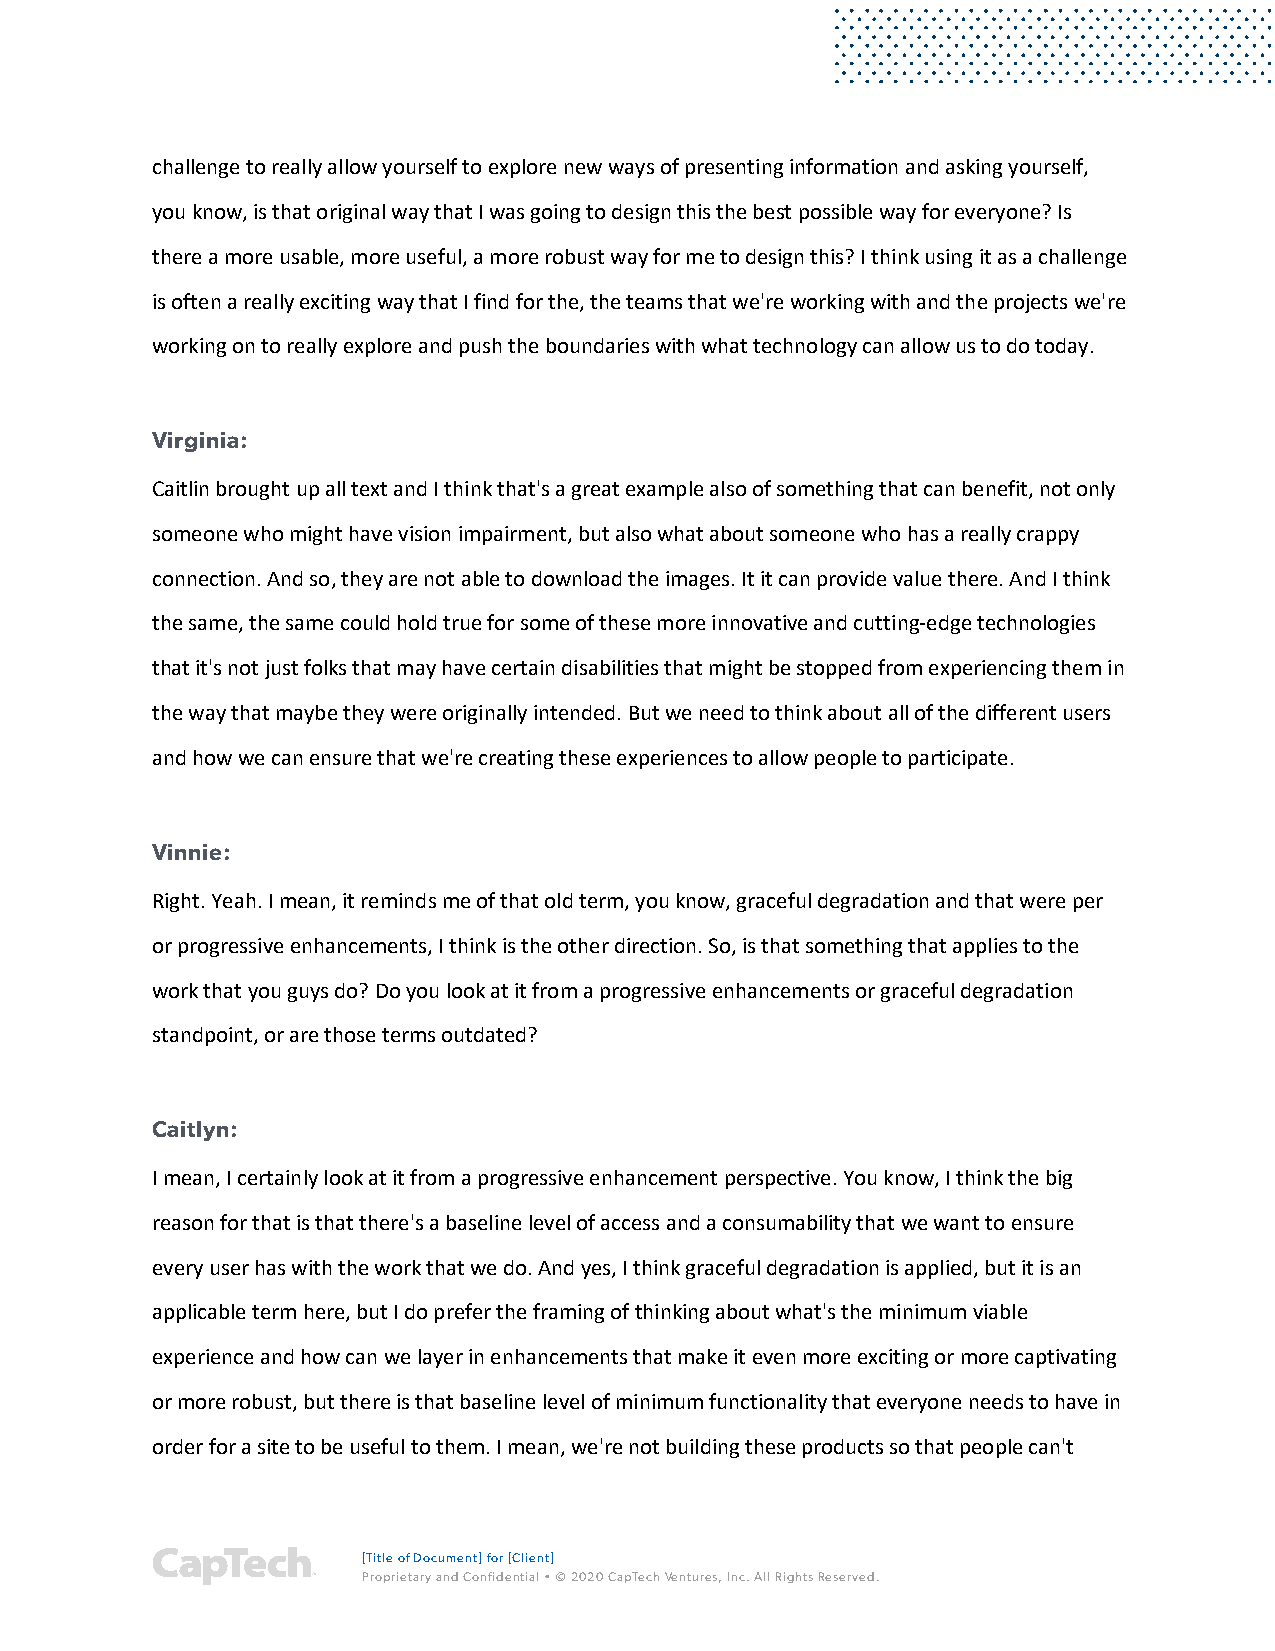
challenge to really allow yourself to explore new ways of presenting information and asking yourself,
 you know, is that original way that I was going to design this the best possible way for everyone? Is
 there a more usable, more useful, a more robust way for me to design this? I think using it as a challenge
 is often a really exciting way that I find for the, the teams that we're working with and the projects we're
 working on to really explore and push the boundaries with what technology can allow us to do today.
 Virginia:
 Caitlin brought up all text and I think that's a great example also of something that can benefit, not only
 someone who might have vision impairment, but also what about someone who has a really crappy
 connection. And so, they are not able to download the images. It it can provide value there. And I think
 the same, the same could hold true for some of these more innovative and cutting-edge technologies
 that it's not just folks that may have certain disabilities that might be stopped from experiencing them in
 the way that maybe they were originally intended. But we need to think about all of the different users
 and how we can ensure that we're creating these experiences to allow people to participate.
 Vinnie:
 Right. Yeah. I mean, it reminds me of that old term, you know, graceful degradation and that were per
 or progressive enhancements, I think is the other direction. So, is that something that applies to the
 work that you guys do? Do you look at it from a progressive enhancements or graceful degradation
 standpoint, or are those terms outdated?
 Caitlyn:
 I mean, I certainly look at it from a progressive enhancement perspective. You know, I think the big
 reason for that is that there's a baseline level of access and a consumability that we want to ensure
 every user has with the work that we do. And yes, I think graceful degradation is applied, but it is an
 applicable term here, but I do prefer the framing of thinking about what's the minimum viable
 experience and how can we layer in enhancements that make it even more exciting or more captivating
 or more robust, but there is that baseline level of minimum functionality that everyone needs to have in
 order for a site to be useful to them. I mean, we're not building these products so that people can't
 [Title of Document] for [Client]
 Proprietary and Confidential • © 2020 CapTech Ventures, Inc. All Rights Reserved.